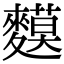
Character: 𪍤